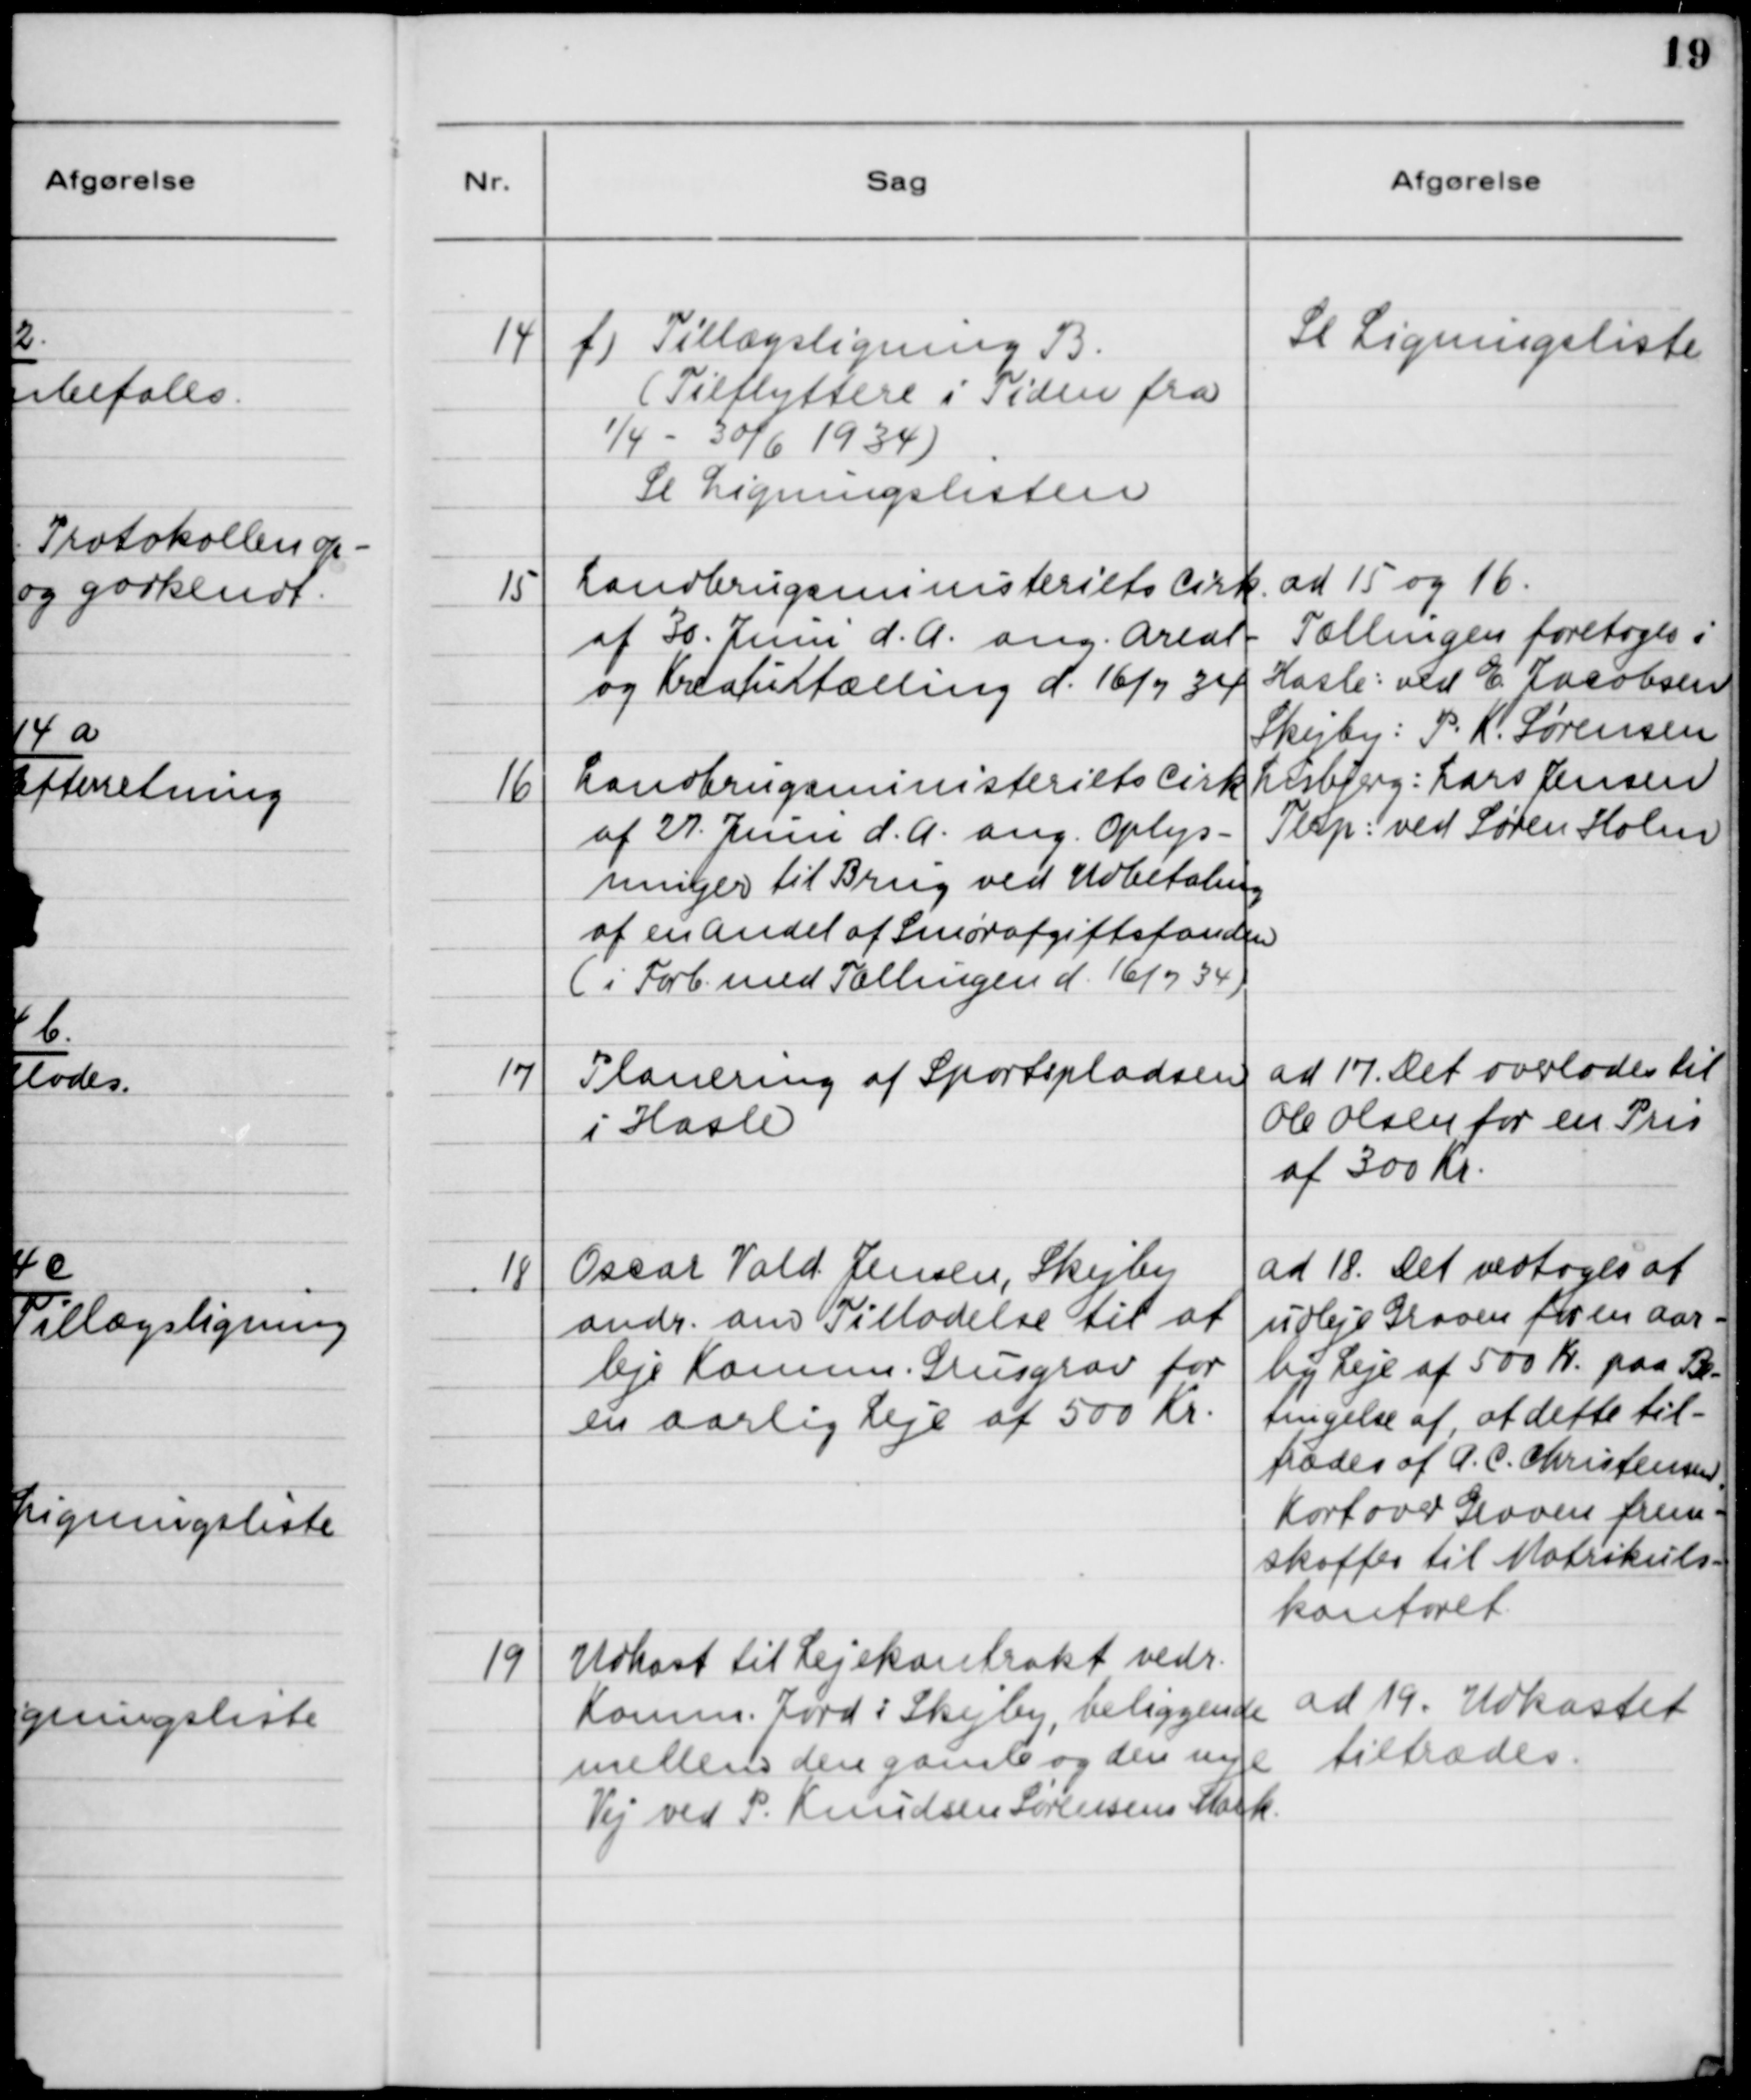
Transskription:
14

f) Tillægsligning B.
(Tilflyttere i Tiden fra
1/4 - 30/6 1934)
Se Ligningslisten.

Se Ligningslisten

15

Landbrugsministeriets Cirk.
af 30. Juni d.A. ang. Areal-
og Kreaturtælling d. 16/7 34

16

Landbrugsministeriets Cirk.
af 27. Juni d.A. ang. Oplys-
ninger til Brug ved Udbetaling
af en Andel af Smørafgiftsfonden.
(i Forb. med Tællingen d. 16/7 34)

ad 15 og 16.
Tællingen foretages i
Hasle: ved E. Jacobsen
Skejby: P. K. Sørensen
Lisbjerg: Lars Jensen
Terp: ved Søren Holm

17

Planering af Sportspladsen
i Hasle

ad 17. Det overlades til
Ole Olsen for en Pris
af 300 Kr.

18

Oscar Vald. Jensen, Skejby 
andr. om Tilladelse til at 
leje Komm. Grusgrav for
en aarlig Leje af 500 Kr.

ad 18. Det vedtoges at
udleje Graven for en aar-
lig Leje af 500 Kr. paa Be-
tingelse af, at dette til-
trædes af A. C. Christensen.
Kort over Graven frem-
skaffes til Matrikuls-
kontoret.

19

Udkast til Lejekontrakt vedr.
Komm. Jord i Skejby, beliggende
mellem den gamle og den nye
Vej ved P. Knudsen Sørensens Matr.

ad 19. Udkastet
tiltrædes.